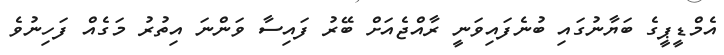
އެމްޑީޕީގެ ބަޔާނުގައި ބުނެފައިވަނީ ރާއްޖެއަށް ބޭރު ފައިސާ ވަންނަ އިތުރު މަގެއް ފަހިނުވެ